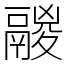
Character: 鬷